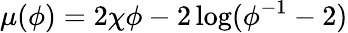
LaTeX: \mu(\phi)=2\chi\phi-2\log(\phi^{-1}-2)